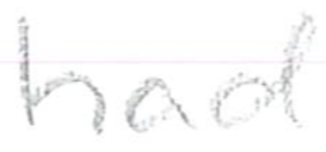
Text: had
Cross-out: clean
Writing tool: pencil